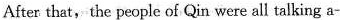
After that, the people of Qin were all talking a-